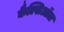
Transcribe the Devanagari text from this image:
कैल्सिऑल